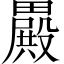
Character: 𣫕